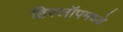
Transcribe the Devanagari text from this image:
हिस्लॉपमध्ये